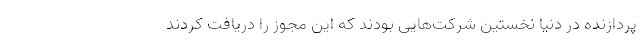
پردازنده در دنیا نخستین شرکت‌هایی بودند که این مجوز را دریافت کردند